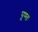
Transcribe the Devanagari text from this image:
पूण्तः